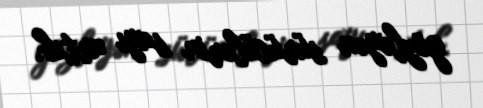
gözləyən sürücülərin sayı artıb.